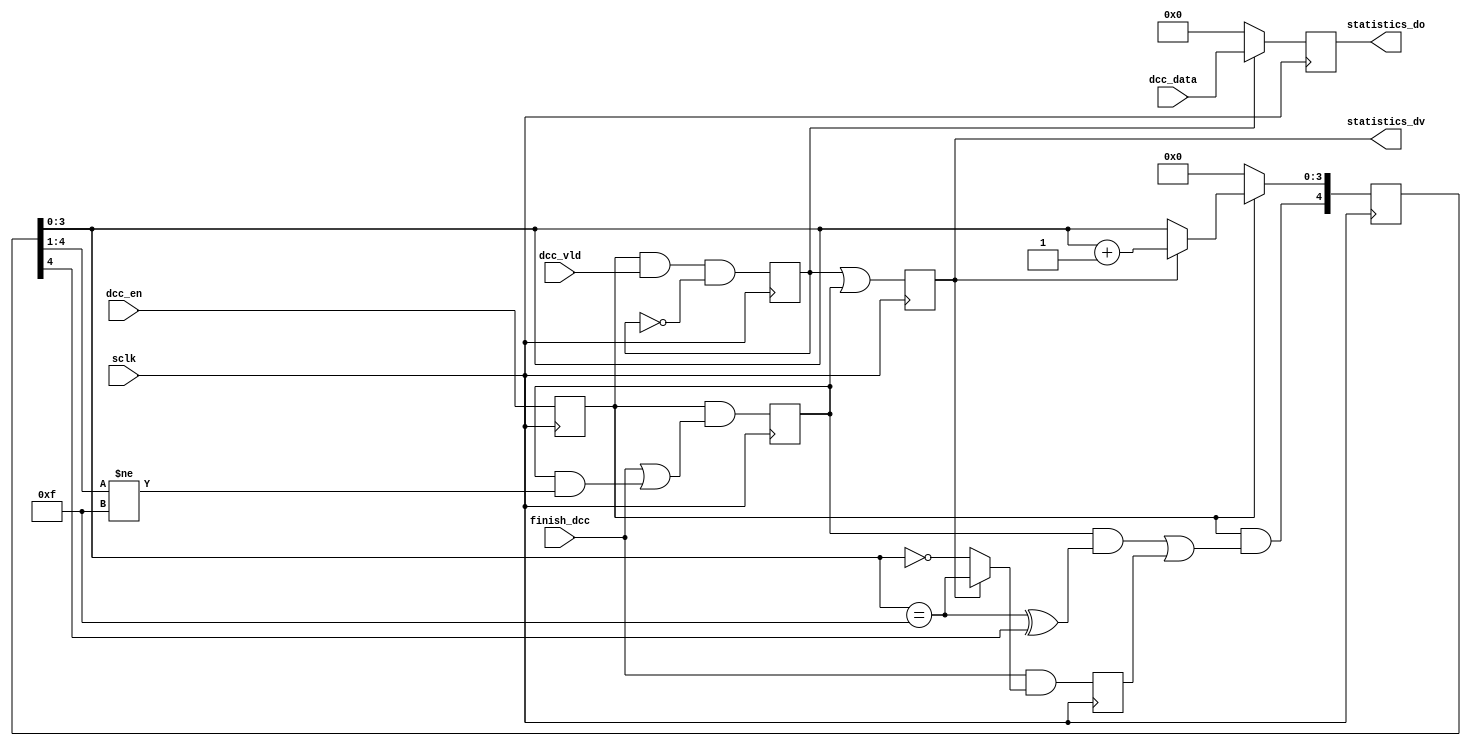
module dcc_sync (
                 sclk,
                 dcc_en, 
                 finish_dcc, 
                 dcc_vld,    
                 dcc_data, 
                 statistics_dv, 
                 statistics_do 
                 );
input         sclk, dcc_en, finish_dcc,dcc_vld;
input  [15:0] dcc_data;
output        statistics_dv;
output [15:0] statistics_do;
reg    [15:0] statistics_do;
reg           statistics_we;
reg           statistics_dv;
reg           dcc_run;
reg           dcc_finishing;
reg           skip16; 
reg    [ 4:0] dcc_cntr;
always @ (posedge sclk) begin
  dcc_run <= dcc_en;
  statistics_we <= dcc_run && dcc_vld && !statistics_we;
  statistics_do[15:0] <= statistics_we?dcc_data[15:0]:16'h0;
  statistics_dv <= statistics_we || dcc_finishing;
  skip16 <= finish_dcc && (statistics_dv?(dcc_cntr[3:0]==4'hf):(dcc_cntr[3:0]==4'h0) ); 
  if (!dcc_run)           dcc_cntr[3:0] <= 4'h0;
  else if (statistics_dv) dcc_cntr[3:0] <= dcc_cntr[3:0]+1; 
  dcc_cntr[4]   <= dcc_run && ((dcc_finishing && ((dcc_cntr[3:0]==4'hf)^dcc_cntr[4]) || skip16));
  dcc_finishing <= dcc_run && (finish_dcc   || (dcc_finishing && (dcc_cntr[4:1]!=4'hf)));
end
endmodule